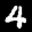
Label: 4